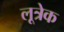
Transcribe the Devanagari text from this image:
लूत्रेक